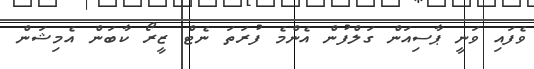
ވެފައި ވަނީ ޕާސިއަން ގަލްފުން އެންމެ ފުރަތަ ނެޓް ޒީރޯ ކާބަން އެމިޝަން